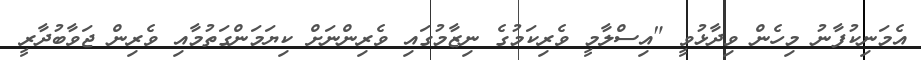
އެމަނިކުފާނު މިހެން ވިދާޅުވީ "އިސްލާމީ ވެރިކަމުގެ ނިޒާމުގައި ވެރިންނަށް ކިޔަމަންގަތުމާއި ވެރިން ޖަވާބުދާރީ